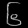
Digit: ၆